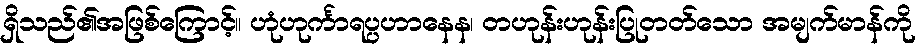
ရှိသည်၏အဖြစ်ကြောင့်။ ဟုံဟုင်္ကာရပ္ပဟာနေန၊ တဟုန်းဟုန်းပြုတတ်သော အမျက်မာန်ကို